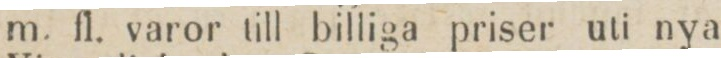
m. fl. varor till billiga priser uti nya